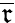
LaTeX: \overline{{\mathfrak{r}}}